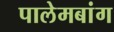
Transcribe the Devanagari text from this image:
पालेमबांग